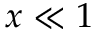
x \ll 1